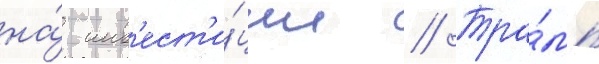
на́ инв'ест'и́ции // Тра́мп